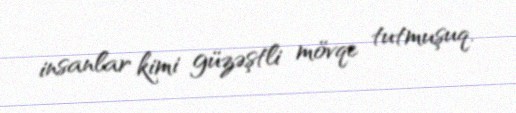
insanlar kimi güzəştli mövqe tutmuşuq.